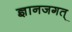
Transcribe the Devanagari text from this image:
ज्ञानजगत्‌